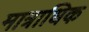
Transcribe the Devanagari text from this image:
मात्राधिक